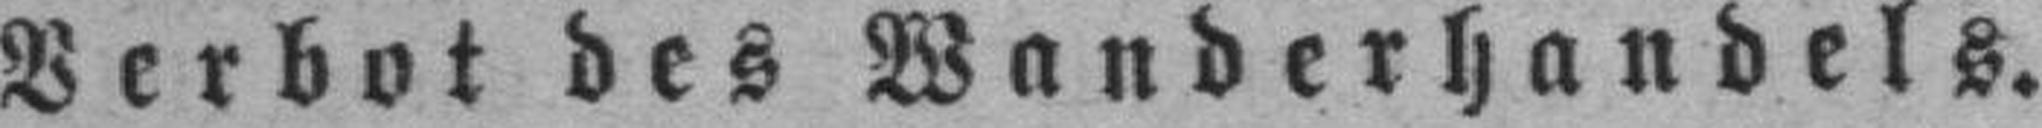
Verbot des Wanderhandels.